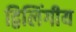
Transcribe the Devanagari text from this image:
द्विलिंगीय